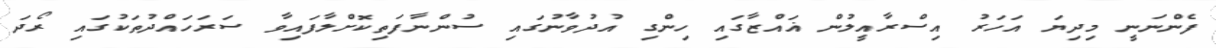
ފެންނަނީ މިދިޔަ އަހަރު އިސްރާއީލުން ޣައްޒާގައި ހިންގި އުދުވާނުގައި ސުންނާފަތިކޮށްލާފައިވާ ސަރަހައްދުތަކުގައި ރޯދަ